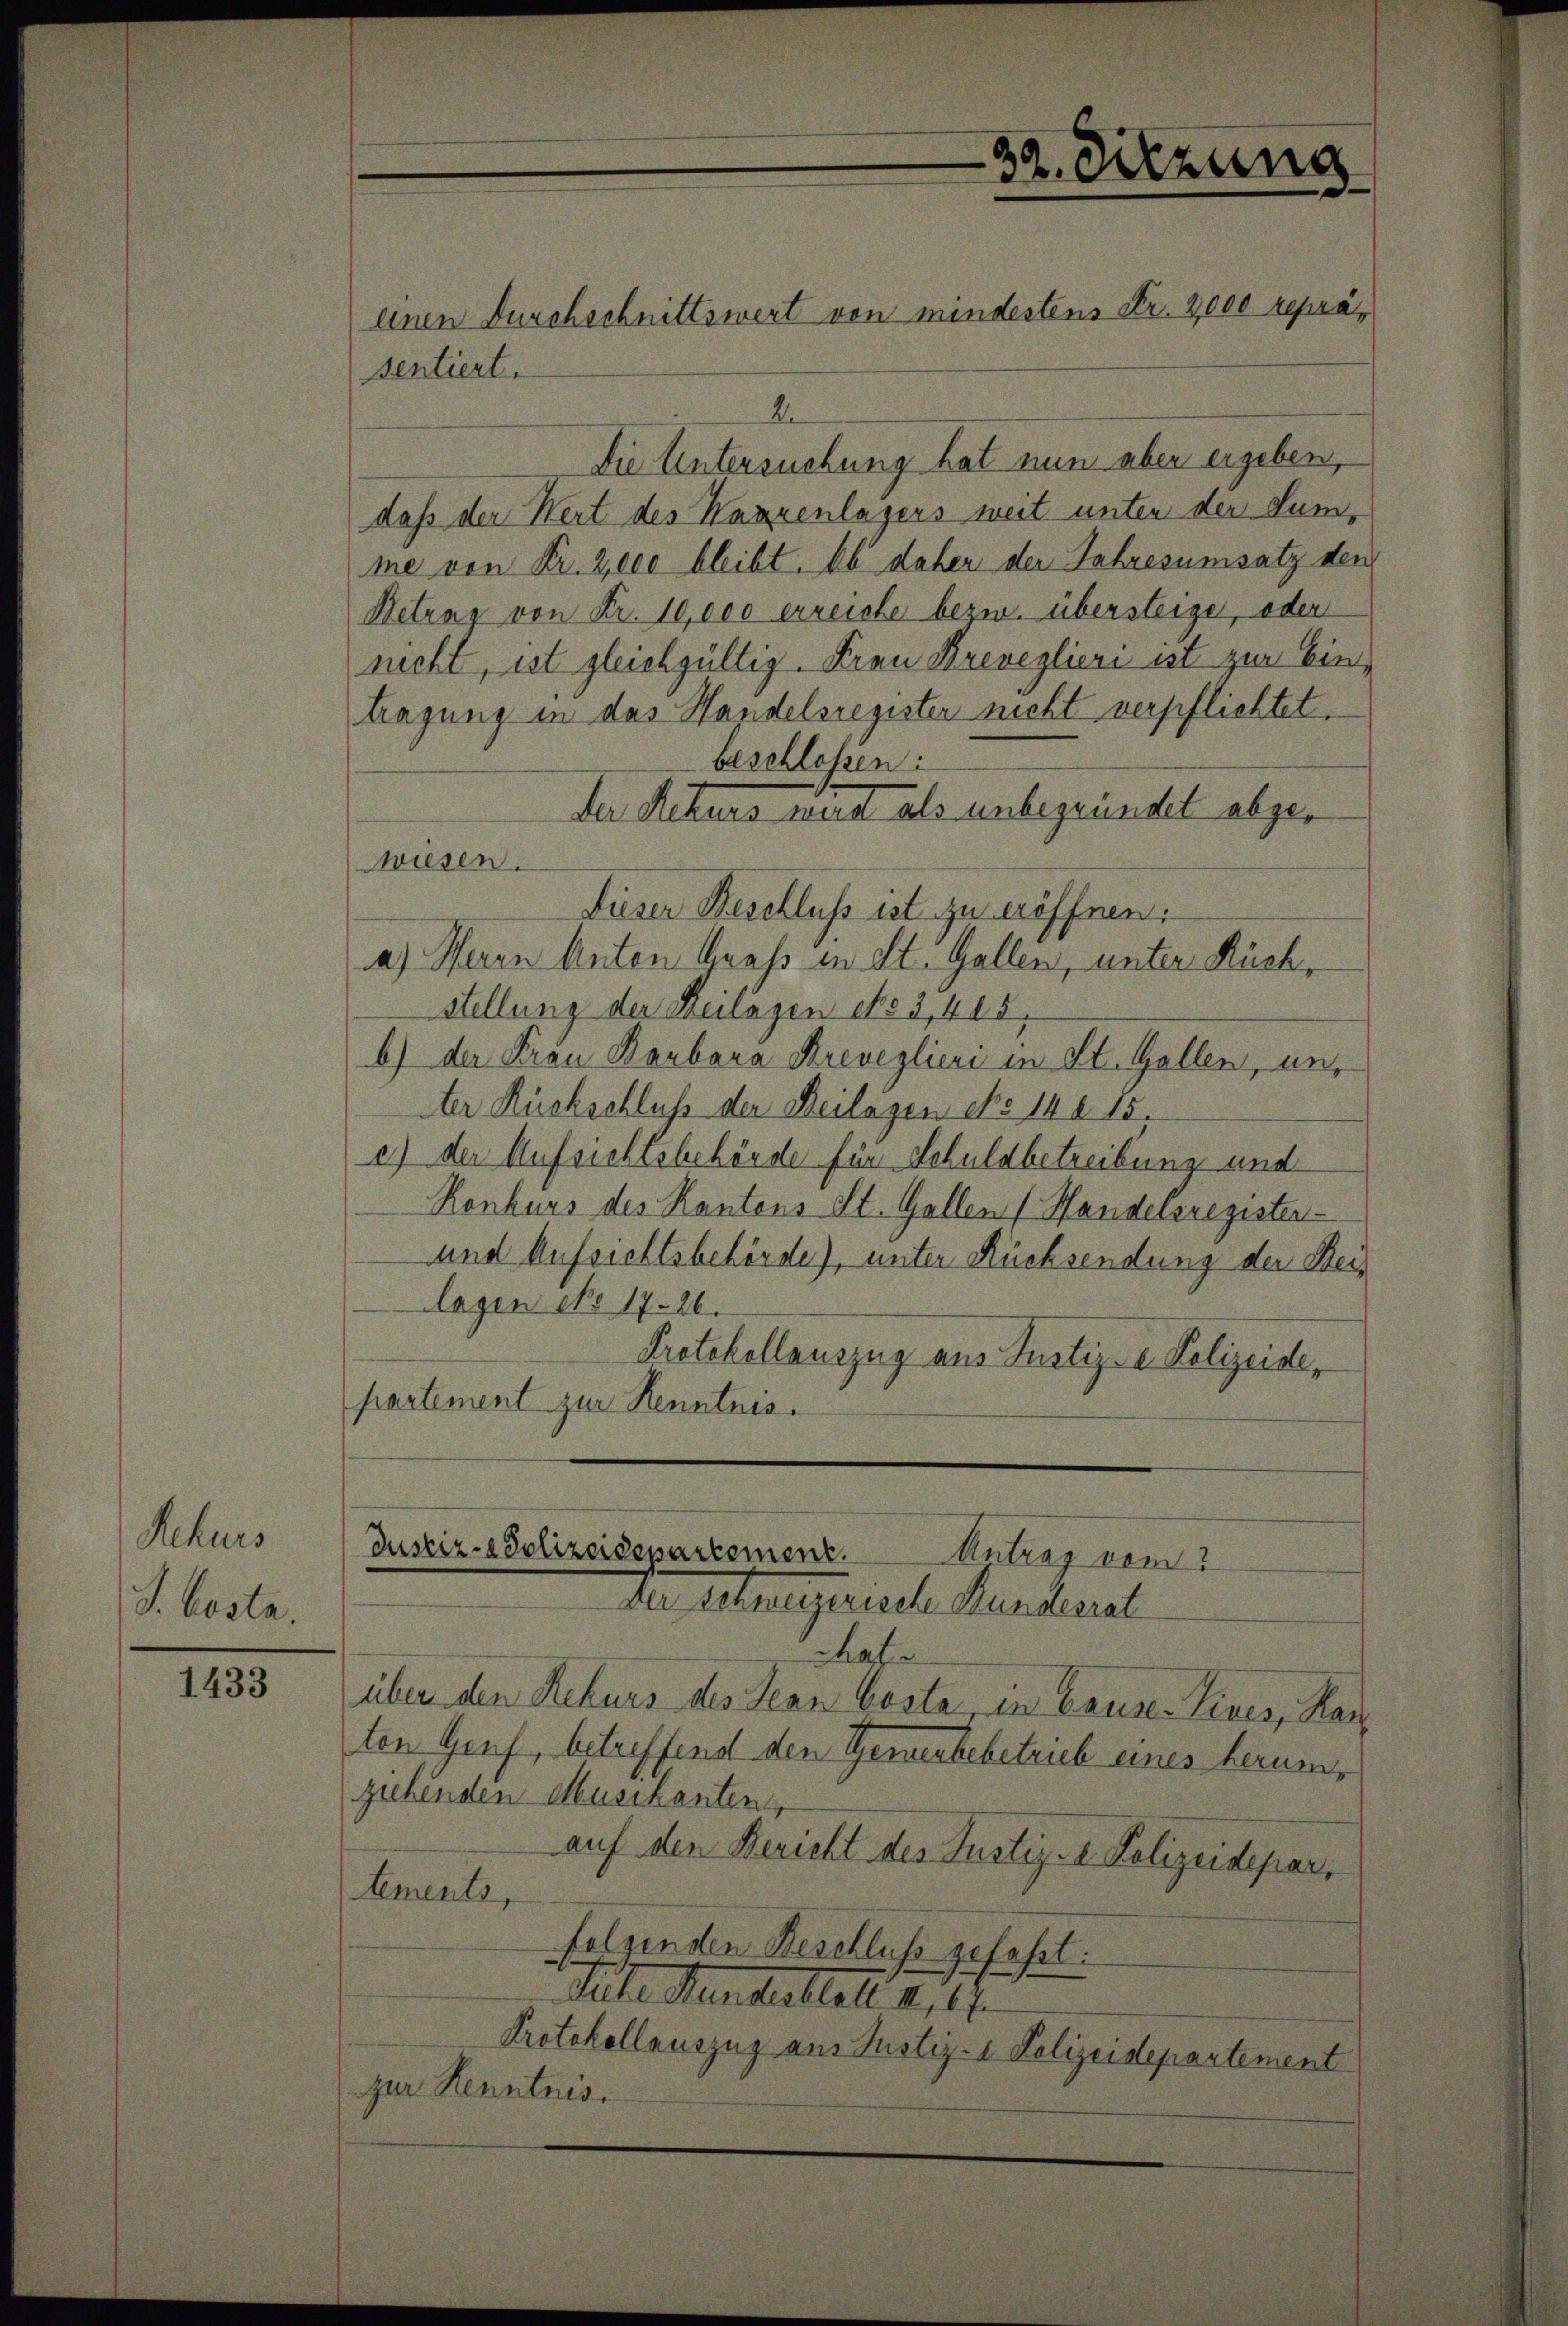
Rekurs
J. besta

1433

2.
Die Untersuchung hat nun aber ergeben,
daß der Wert des Wazzenlagers weit unter der Summe von Fr. 2000 bleibt. Ob daher der Jahresumsatz den
Netrag von Fr. 10,000 erreiste bezw. übersteige, oder
nicht, ist gleichgültig. Frau Breveglieri ist zur Eintragung in das Handelsregister nicht verpflichtet.
beschloßen:
der Sitzung mit als unbegründet abgewiesen.
Dieser Beschluss ist zu eröffnen.
a) Herrn Anton Graf in St. Gallen, unter Rückstellung der Heilagen ess 3,448.
b) der Frau Barbara Brevelieri in St. Gallen, unter Rückschluss der Beilagen ebo 140 15.
e) der Aufsichtsbehörde für Schuldbetreibung und
Konkurs des Kantons St. Gallen (Handelsregisten
und Aufsichtsbehörde), unter Rücksendung der Beis
lagen No 17. 26.
Protokollauszug aus Justiz- & Polizeidepartement zur Kenntnis.

einen Durchschnittswert von mindestens Fr. 2,000 repräsentiert.

Justiz- & Polizeisepartement.
Antrag vom 2
da Artengerische Handersel

chaf
über den Rekurs des Jean Costa in Pause-Vives, Kar
ton Genf, betreffend den Gemeikebetrieb eines herumziehenden Musikanten,
auf den Bericht des Justiz- & Polizeidepar
tements
folgenden Beschluss gefahrt.
Telle Handesblatt 117.
Protokollauszug aus Justiz- & Polizeidepartement
zur Kenntnis.

39. Sitzung